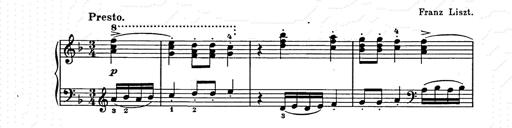
Title: Weihnachtsbaum
Composer: Franz Liszt